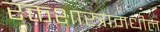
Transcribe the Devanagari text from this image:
रक्तशास्त्रामधील